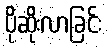
ပိုဆိုးလာခြင်း